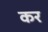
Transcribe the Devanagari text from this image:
कर